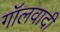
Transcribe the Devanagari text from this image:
गॉलवादी